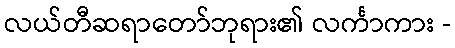
လယ်တီဆရာတော်ဘုရား၏ လင်္ကာကား -